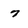
Character: 7